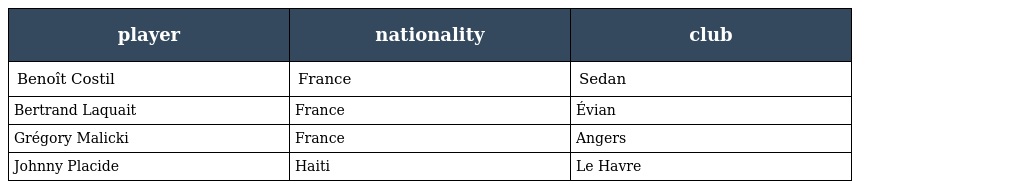
| player | nationality | club |
 | --- | --- | --- |
 | Benoît Costil | France | Sedan |
 | Bertrand Laquait | France | Évian |
 | Grégory Malicki | France | Angers |
 | Johnny Placide | Haiti | Le Havre |